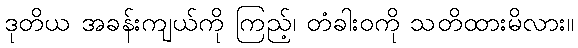
ဒုတိယ အခန်းကျယ်ကို ကြည့်၊ တံခါးဝကို သတိထားမိလား။